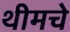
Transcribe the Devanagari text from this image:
थीमचे